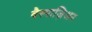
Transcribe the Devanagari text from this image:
वैस्पाज़िअन